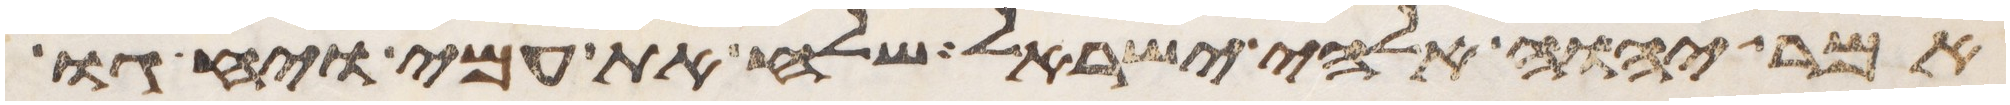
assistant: אמר יהוה אלהי ישראל שלח את עמי ויחגו